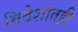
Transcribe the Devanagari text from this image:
विदेशांतही